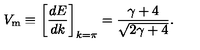
V _ { \mathrm { m } } \equiv \left[ { \frac { d E } { d k } } \right] _ { k = \pi } = { \frac { \gamma + 4 } { \sqrt { 2 \gamma + 4 } } } .